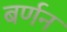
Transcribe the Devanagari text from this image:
बर्णन